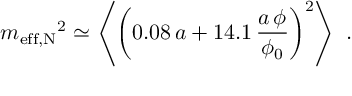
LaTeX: { m _ { \mathrm { e f f , N } } } ^ { 2 } \simeq \left\langle \left( 0 . 0 8 \, a + 1 4 . 1 \, \frac { a \, \phi } { \phi _ { 0 } } \right) ^ { 2 } \right\rangle \, \, .